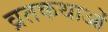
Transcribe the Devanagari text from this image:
व्रतकथाओं